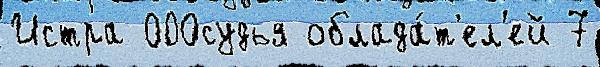
Истра 000судья облада́т'ел'ей 7